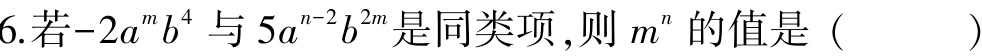
6.若\(-2a^{m}b^{4}\)与\(5a^{n - 2}b^{2m}\)是同类项，则\(m^{n}\)的值是（  ）